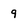
Character: 9